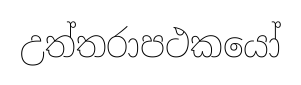
උත්තරාපථකයෝ